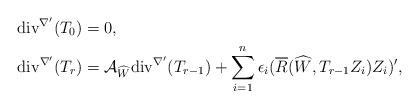
LaTeX: \begin{align*} \mathrm{div}^{\nabla'}(T_{0})&=0,\\ \mathrm{div}^{\nabla'}(T_{r})& =\mathcal{A}_{\widehat{W}}\mathrm{div}^{\nabla'}(T_{r-1}) + \sum_{i=1}^{n}\epsilon_{i}(\overline{R}(\widehat {W},T_{r-1}Z_{i})Z_{i})', \end{align*}